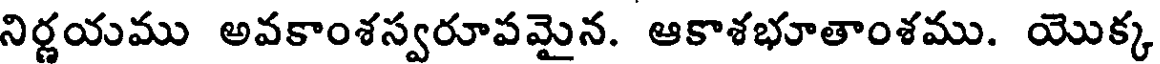
నిర్ణయము అవకాంశస్వరూపమైన. ఆకాశభూతాంశము. యొక్క